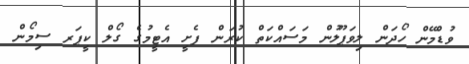
ވުޑްމޭން ހޯދަން ލިވަޕޫލުން މަސައްކަތް ކުރަން ފެށީ އެޓީމުގެ ގޯލް ކީޕަރ ސިމޯން